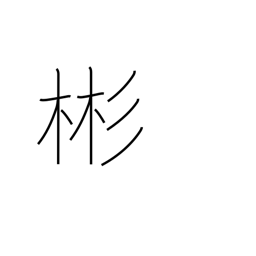
Meaning: refined